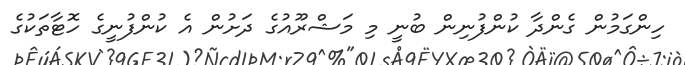
ހިންގަމުން ގެންދާ ކުންފުނިން ބުނީ މި މަޝްރޫއުގެ ދަށުން އެ ކުންފުނީގެ ހޮޓާތަކުގެ